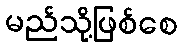
မည်သို့ဖြစ်စေ